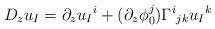
LaTeX: \begin{align*}D_zu_I=\partial_zu_I{}^i+(\partial_z\phi_0^j)\Gamma^i{}_{jk}u_I{}^k\end{align*}